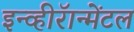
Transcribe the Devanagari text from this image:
इन्व्हीरॅान्मेंटल